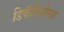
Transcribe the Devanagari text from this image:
डिकॅप्रियोसह